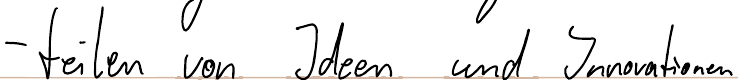
- teilen von Ideen und Innovationen